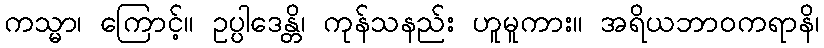
ကသ္မာ၊ ကြောင့်။ ဥပ္ပါဒေန္တိ၊ ကုန်သနည်း ဟူမူကား။ အရိယဘာဝကရာနိ၊